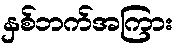
နှစ်ဘက်အကြား